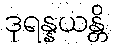
ဒုရန္နယန္တိ